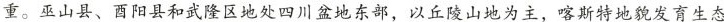
重。巫山县、酉阳县和武隆区地处四川盆地东部，以丘陵山地为主，喀斯特地貌发育生态